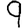
Digit: 9